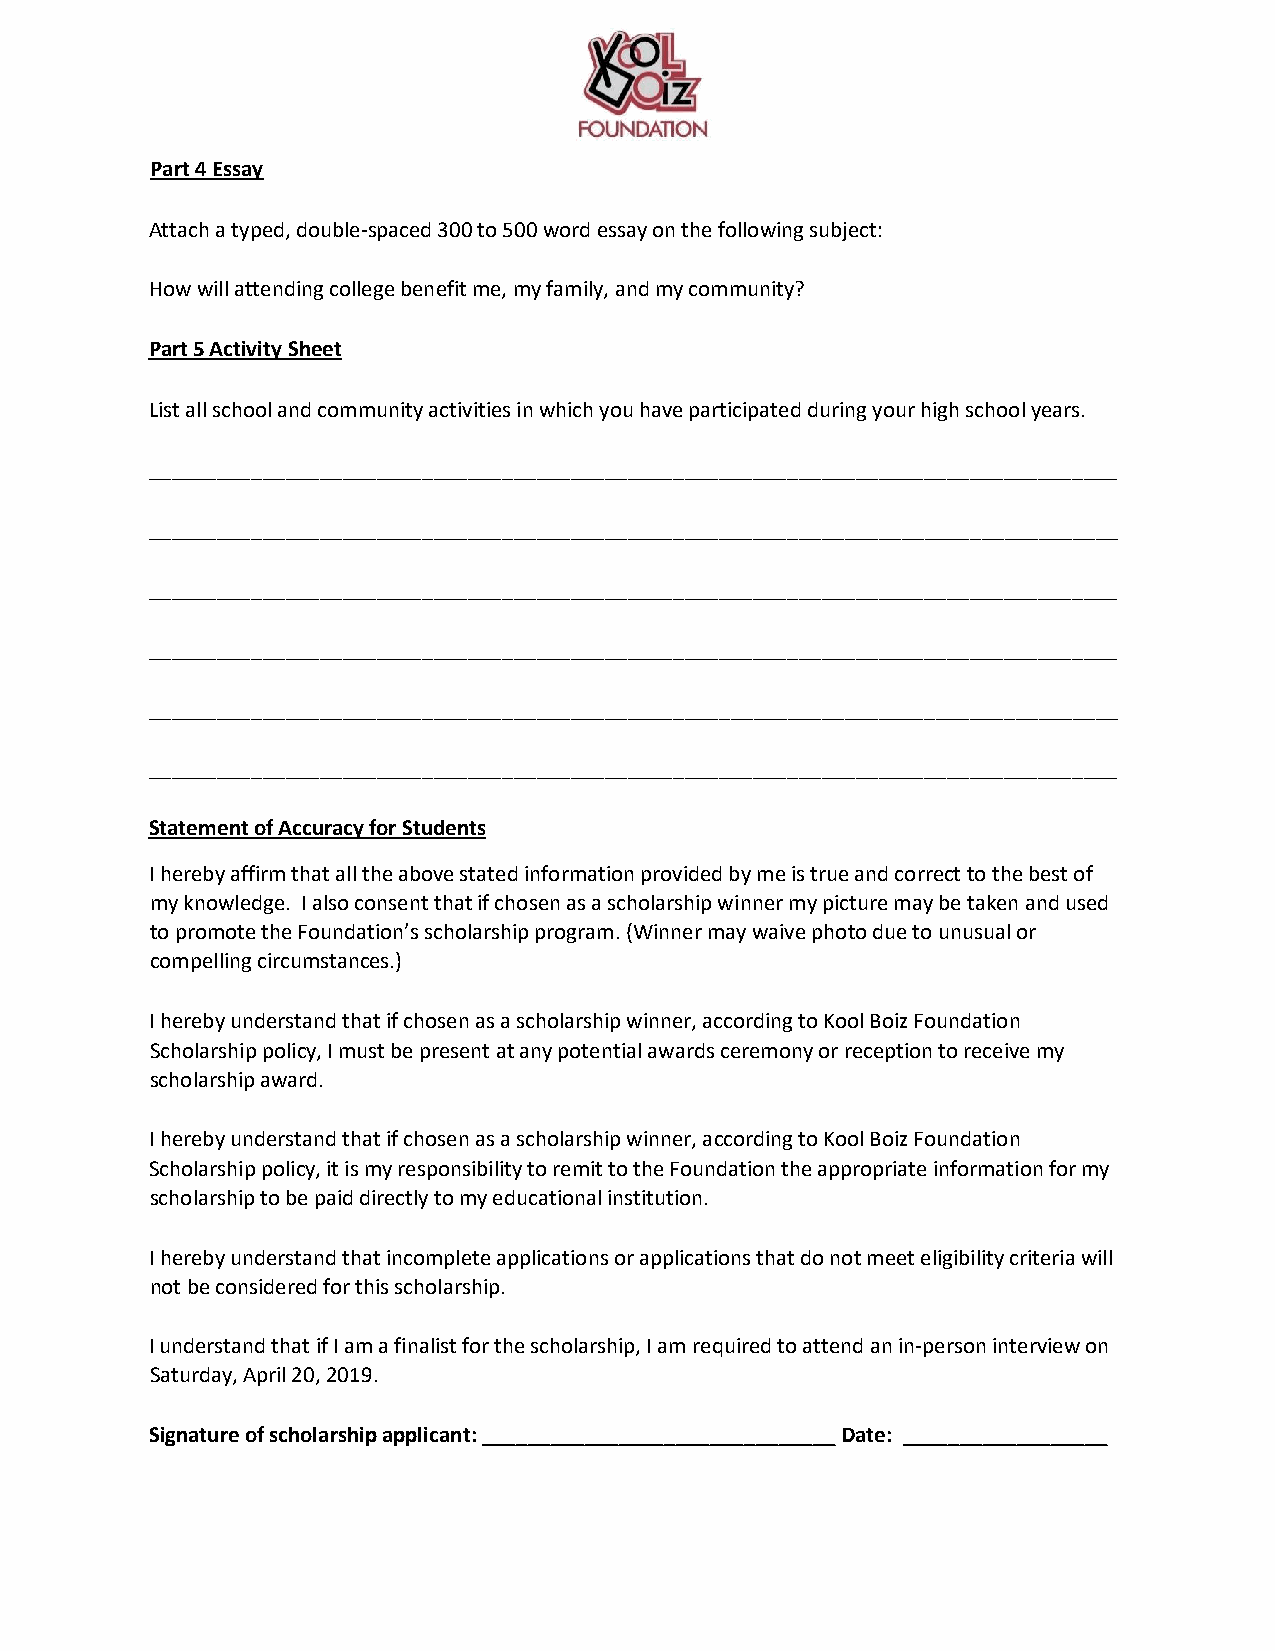
Part 4 Essay
 Attach a typed, double-spaced 300 to 500 word essay on the following subject:
 How will attending college benefit me, my family, and my community?
 Part 5 Activity Sheet
 List all school and community activities in which you have participated during your high school years.
 _____________________________________________________________________________________
 _____________________________________________________________________________________
 _____________________________________________________________________________________
 _____________________________________________________________________________________
 _____________________________________________________________________________________
 _____________________________________________________________________________________
 Statement of Accuracy for Students
 I hereby affirm that all the above stated information provided by me is true and correct to the best of
 my knowledge. I also consent that if chosen as a scholarship winner my picture may be taken and used
 to promote the Foundation’s scholarship program. (Winner may waive photo due to unusual or
 compelling circumstances.)
 I hereby understand that if chosen as a scholarship winner, according to Kool Boiz Foundation
 Scholarship policy, I must be present at any potential awards ceremony or reception to receive my
 scholarship award.
 I hereby understand that if chosen as a scholarship winner, according to Kool Boiz Foundation
 Scholarship policy, it is my responsibility to remit to the Foundation the appropriate information for my
 scholarship to be paid directly to my educational institution.
 I hereby understand that incomplete applications or applications that do not meet eligibility criteria will
 not be considered for this scholarship.
 I understand that if I am a finalist for the scholarship, I am required to attend an in-person interview on
 Saturday, April 20, 2019.
 Signature of scholarship applicant: _______________________________ Date: __________________